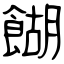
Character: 餬